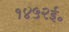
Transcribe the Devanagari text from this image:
१४५२ई॰